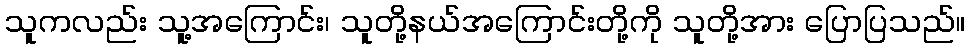
သူကလည်း သူ့အကြောင်း၊ သူတို့နယ်အကြောင်းတို့ကို သူတို့အား ပြောပြသည်။